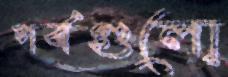
পর্বগুলো